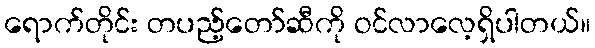
ရောက်တိုင်း တပည့်တော်ဆီကို ဝင်လာလေ့ရှိပါတယ်။